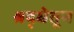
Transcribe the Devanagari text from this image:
श्रद्धेतून